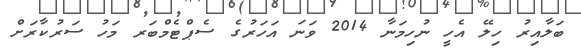
ބަލާއިރު ހިލޭ އެހީ ނުހިމަނާ 2014 ވަނަ އަހަރުގެ ސެޕްޓެމްބަރ މަހު ސަރުކާރަށް